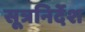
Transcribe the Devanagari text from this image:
सूत्रनिर्देश